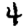
Digit: 4